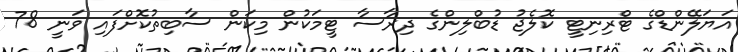
އަޔަލޭންޑްގެ ޓްރިނިޓީ ކޮލެޖު ޑުބްލިންގެ ދިރާސާ ޓީމަކުން މިކަން ސާބިތުކޮށްފައި ވަނީ 78